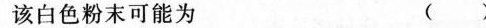
该白色粉末可能为 ( )